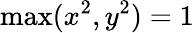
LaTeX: \operatorname*{max}(x^{2},y^{2})=1